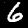
Label: 6